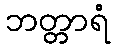
ဘတ္တာရံ